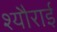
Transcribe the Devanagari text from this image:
श्यौराई